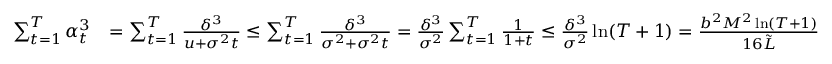
\begin{array} { r l } { \sum _ { t = 1 } ^ { T } \alpha _ { t } ^ { 3 } } & { = \sum _ { t = 1 } ^ { T } \frac { \delta ^ { 3 } } { u + \sigma ^ { 2 } t } \leq \sum _ { t = 1 } ^ { T } \frac { \delta ^ { 3 } } { \sigma ^ { 2 } + \sigma ^ { 2 } t } = \frac { \delta ^ { 3 } } { \sigma ^ { 2 } } \sum _ { t = 1 } ^ { T } \frac { 1 } { 1 + t } \leq \frac { \delta ^ { 3 } } { \sigma ^ { 2 } } \ln ( T + 1 ) = \frac { b ^ { 2 } M ^ { 2 } \ln ( T + 1 ) } { 1 6 \tilde { L } } } \end{array}